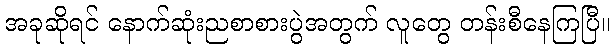
အခုဆိုရင် နောက်ဆုံးညစာစားပွဲအတွက် လူတွေ တန်းစီနေကြပြီ။